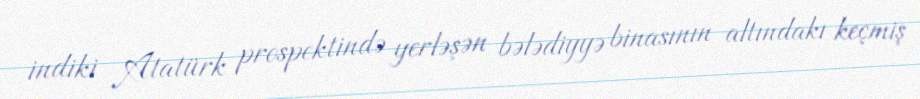
indiki Atatürk prospektində yerləşən bələdiyyə binasının altındakı keçmiş